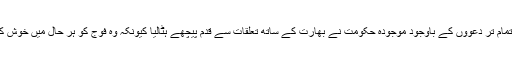
دوسری طرف تمام تر دعووں کے باوجود موجودہ حکومت نے بھارت کے ساتھ تعلقات سے قدم پیچھے ہٹالیا کیونکہ وہ فوج کو ہر حال میں خوش کرنا چاہتی تھی۔